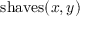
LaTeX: { \mathrm { s h a v e s } } ( x , y )